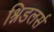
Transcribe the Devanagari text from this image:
श्निडलर्स